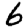
Digit: 6